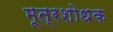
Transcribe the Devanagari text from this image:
मूत्रशोधक